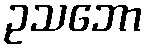
ဥသဘော